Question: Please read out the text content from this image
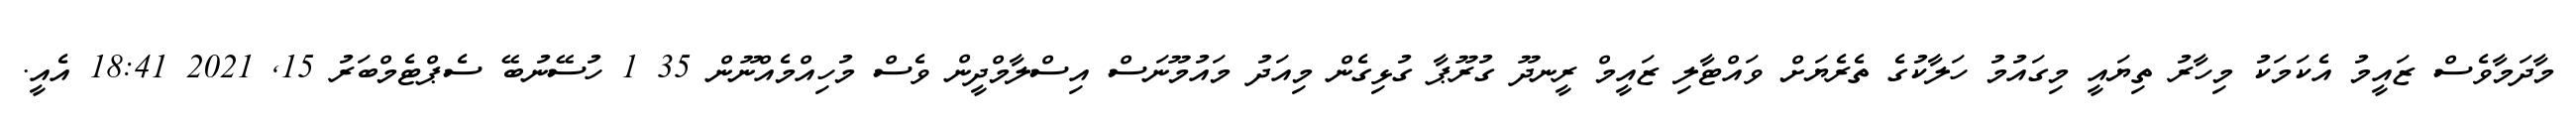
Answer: މާދަމާވެސް ޒައީމު އެކަމަކު މިހާރު ތިޔައީ މިގައުމު ހަލާކުގެ ތެރެޔަށް ވައްޓާލި ޒައީމް ރީނދޫ ގުރޫޕާ ގުޅިގެން މިއަދު މައުމޫނަސް އިސްލާމްދީން ވެސް މުހިއްމެއްނޫން 35 1 ހުސޭނުބޭ ސެޕްޓެމްބަރު 15, 2021 18:41 އެއީ.